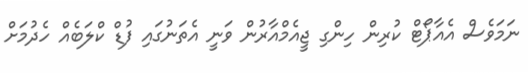
ނަމަވެސް އެއާޕޯޓް ކުރިން ހިންގި ޖީއެމްއާރުން ވަނީ އެތަނުގައި ފުޑް ކްލަބެއް ހެދުމަށް